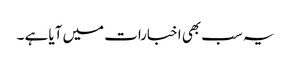
یہ سب بھی اخبارات میں آیا ہے ۔